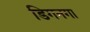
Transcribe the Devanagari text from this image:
डिगनगा